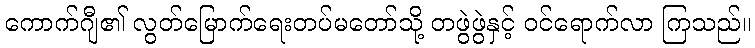
ကောက်ဂျီ၏ လွတ်မြောက်ရေးတပ်မတော်သို့ တဖွဲဖွဲနှင့် ဝင်ရောက်လာ ကြသည်။